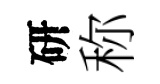
研称